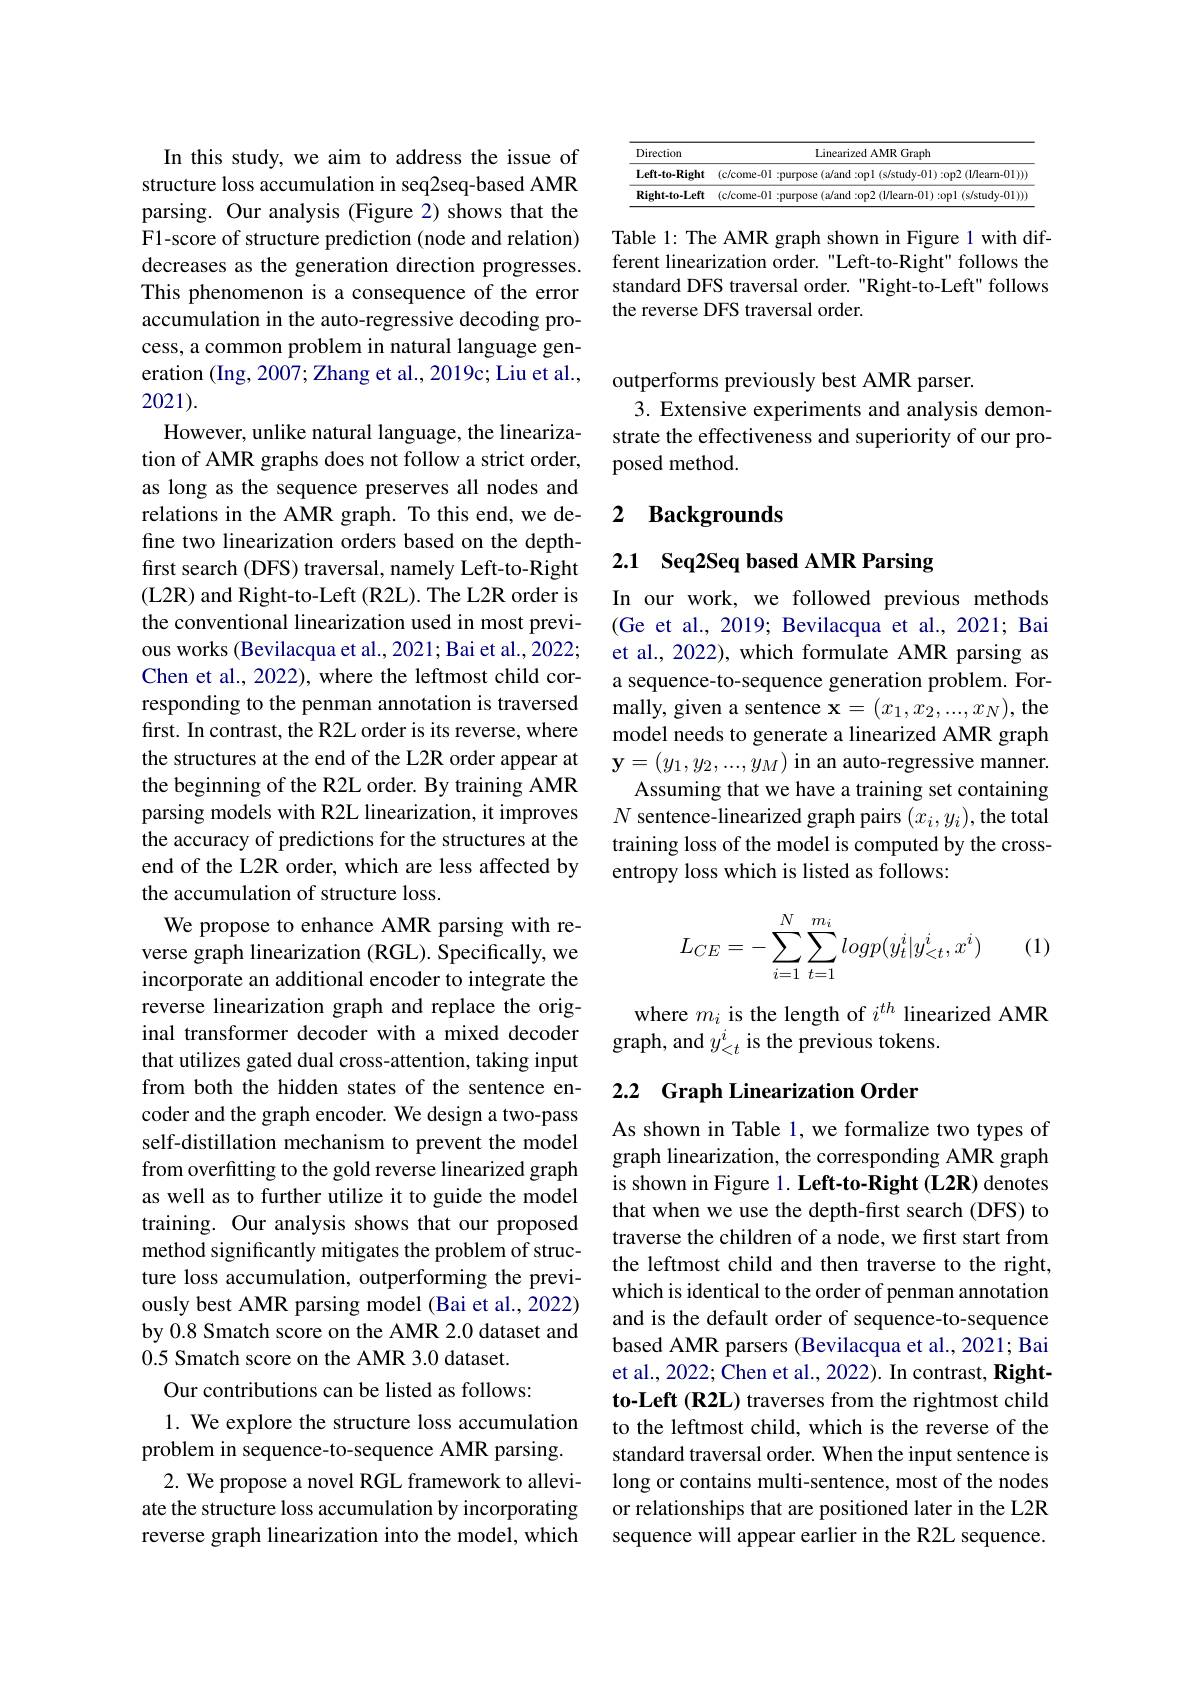
In this study, we aim to address the issue of structure loss accumulation in seq2seq-based AMR parsing. Our analysis (Figure 2) shows that the F1-score of structure prediction (node and relation) decreases as the generation direction progresses. This phenomenon is a consequence of the error accumulation in the auto-regressive decoding process, a common problem in natural language generation (Ing, 2007; Zhang et al., 2019c; Liu et al., 2021).
However, unlike natural language, the linearization of AMR graphs does not follow a strict order, as long as the sequence preserves all nodes and relations in the AMR graph. To this end, we define two linearization orders based on the depthfirst search (DFS) traversal, namely Left-to-Right (L2R) and Right-to-Left (R2L). The L2R order is the conventional linearization used in most previous works (Bevilacqua et al., 2021; Bai et al., 2022; responding to the penman annotation is traversed first. In contrast, the R2L order is its reverse, where the structures at the end of the L2R order appear at the beginning of the R2L order. By training AMR parsing models with R2L linearization, it improves the accuracy of predictions for the structures at the end of the L2R order, which are less affected by the accumulation of structure loss.
We propose to enhance AMR parsing with reverse graph linearization (RGL). Specifically, we incorporate an additional encoder to integrate the reverse linearization graph and replace the original transformer decoder with a mixed decoder that utilizes gated dual cross-attention, taking input from both the hidden states of the sentence encoder and the graph encoder. We design a two-pass self-distillation mechanism to prevent the model from overfitting to the gold reverse linearized graph as well as to further utilize it to guide the model training. Our analysis shows that our proposed method significantly mitigates the problem of structure loss accumulation, outperforming the previously best AMR parsing model (Bai et al., 2022) by 0.8 Smatch score on the AMR 2.0 dataset and 0.5 Smatch score on the AMR 3.0 dataset.
Our contributions can be listed as follows:
1. We explore the structure loss accumulation problem in sequence-to-sequence AMR parsing. 2. We propose a novel RGL framework to alleviate the structure loss accumulation by incorporating reverse graph linearization into the model, which

<table>
	<tbody>
		<tr>
			<th>Direction</th>
			<th>Linearized AMR Graph</th>
		</tr>
		<tr>
			<td>$\mathbf{Left-to-Right}$</td>
			<td>(c/come-0]:purpose(a/and:opl(s/study-01):op2(l/learn-0l))</td>
		</tr>
		<tr>
			<td>Right-to-Left</td>
			<td>( c/ come -011</td>
		</tr>
	</tbody>
</table>

Table 1: The AMR graph shown in Figure 1 with different linearization order."Left-to-Right" follows the standard DFS traversal order. "Right-to-Left" follows the reverse DFS traversal order.

outperforms previously best AMR parser.
3. Extensive experiments and analysis demonstrate the effectiveness and superiority of our proposed method.

### 2 $\textbf{Backgrounds}$

2.1 Seq2Seq based AMR Parsing

In our work, we followed previous methods (Ge et al., 2019; Bevilacqua et al., 2021; Bai et al., 2022), which formulate AMR parsing as
Chen et al., 2022), where the leftmost child cor- a sequence-to-sequence generation problem. For-
mally, given a sentence $\mathbf{x}=(x_1,x_2,...,x_N)$, the model needs to generate a linearized AMR graph $\mathbf{y}=(y_1,y_2,...,y_M)$in an auto-regressive manner.
Assuming that we have a training set containing $N$ sentence-linearized graph pairs $(x_i,y_i)$,the total training loss of the model is computed by the crossentropy loss which is listed as follows:

(1)
$$\begin{aligned}L_{CE}=-\sum_{i=1}^N\sum_{t=1}^{m_i}logp(y_t^i|y_{<t}^i,x^i)\end{aligned}$$
where $m_i$ is the length of $i^{th}$ linearized AMR
graph, and $y_<t^i$ is the previous tokens.

## 2.2 Graph Linearization Order

As shown in Table 1, we formalize two types of graph linearization, the corresponding AMR graph is shown in Figure 1. Left-to-Right (L2R) denotes that when we use the depth-first search (DFS) to traverse the children of a node, we first start from the leftmost child and then traverse to the right, which is identical to the order of penman annotation and is the default order of sequence-to-sequence based AMR parsers (Bevilacqua et al., 2021; Bai et al., 2022; Chen et al., 2022). In contrast, Rightto-Left (R2L) traverses from the rightmost child to the leftmost child, which is the reverse of the standard traversal order. When the input sentence is long or contains multi-sentence, most of the nodes or relationships that are positioned later in the L2R sequence will appear earlier in the R2L sequence.